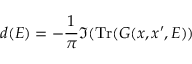
d ( E ) = - { \frac { 1 } { \pi } } \Im ( \operatorname { T r } ( G ( x , x ^ { \prime } , E ) )